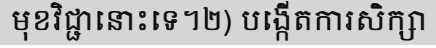
មុខវិជ្ជានោះទេ។២) បង្កើតការសិក្សា